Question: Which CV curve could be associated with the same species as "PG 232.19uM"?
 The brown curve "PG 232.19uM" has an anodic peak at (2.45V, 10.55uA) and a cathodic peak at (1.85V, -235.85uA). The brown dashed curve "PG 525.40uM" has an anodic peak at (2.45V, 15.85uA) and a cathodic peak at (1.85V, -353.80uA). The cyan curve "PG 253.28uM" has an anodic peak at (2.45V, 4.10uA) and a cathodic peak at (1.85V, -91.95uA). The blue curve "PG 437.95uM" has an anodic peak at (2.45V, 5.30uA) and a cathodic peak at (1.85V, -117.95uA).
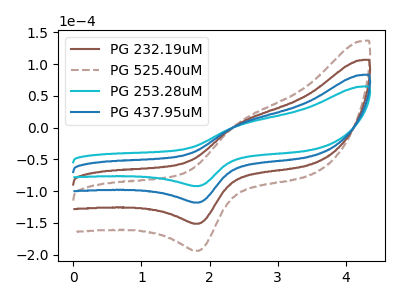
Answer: <think>All the peaks in "PG 232.19uM" have a peak in "PG 525.40uM" at the same potential. Every peak in "PG 232.19uM" is lower than every peak in "PG 525.40uM". All the peaks in "PG 232.19uM" have a peak in "PG 253.28uM" at the same potential. Every peak in "PG 232.19uM" is higher than every peak in "PG 253.28uM". All the peaks in "PG 232.19uM" have a peak in "PG 437.95uM" at the same potential. Every peak in "PG 232.19uM" is higher than every peak in "PG 437.95uM". All the peaks in "PG 525.40uM" have a peak in "PG 253.28uM" at the same potential. Every peak in "PG 525.40uM" is higher than every peak in "PG 253.28uM". All the peaks in "PG 525.40uM" have a peak in "PG 437.95uM" at the same potential. Every peak in "PG 525.40uM" is higher than every peak in "PG 437.95uM". All the peaks in "PG 253.28uM" have a peak in "PG 437.95uM" at the same potential. Every peak in "PG 253.28uM" is lower than every peak in "PG 437.95uM".
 </think>
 <answer>"PG 232.19uM", "PG 525.40uM" and "PG 437.95uM" have a similar shape to "PG 253.28uM".</answer>
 <eval>"PG 232.19uM" "PG 525.40uM" "PG 437.95uM"</eval>